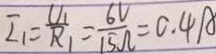
I _ { 1 } = \frac { U _ { 1 } } { R _ { 1 } } = \frac { 6 V } { 1 5 \Omega } = 0 . 4 A